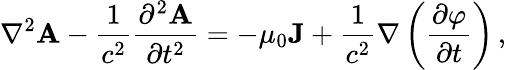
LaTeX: \nabla^{2}\mathbf{A}-{\frac{1}{c^{2}}}{\frac{\partial^{2}\mathbf{A}}{\partial t^{2}}}=-\mu_{0}\mathbf{J}+{\frac{1}{c^{2}}}\nabla\left({\frac{\partial\varphi}{\partial t}}\right)\, ,